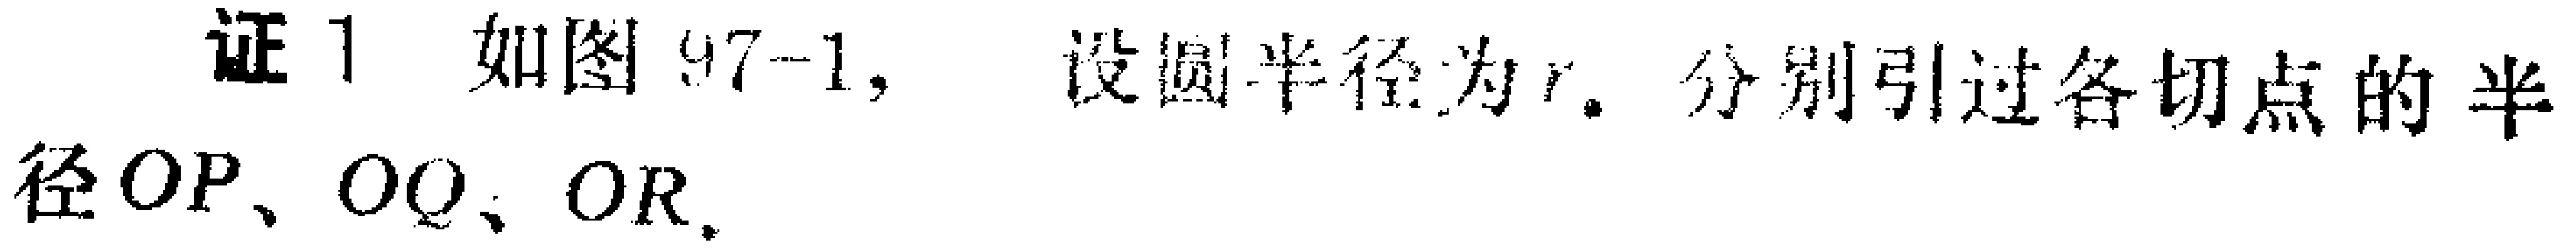
证1. 如图97-1，设圆半径为\(r\). 分别引过各切点的半径\(OP\)、\(OQ\)、\(OR\).